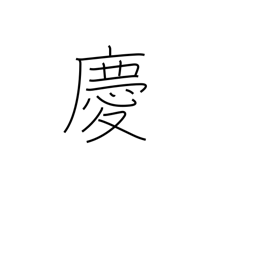
Meaning: congratulate